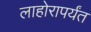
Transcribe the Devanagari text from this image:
लाहोरापर्यंत